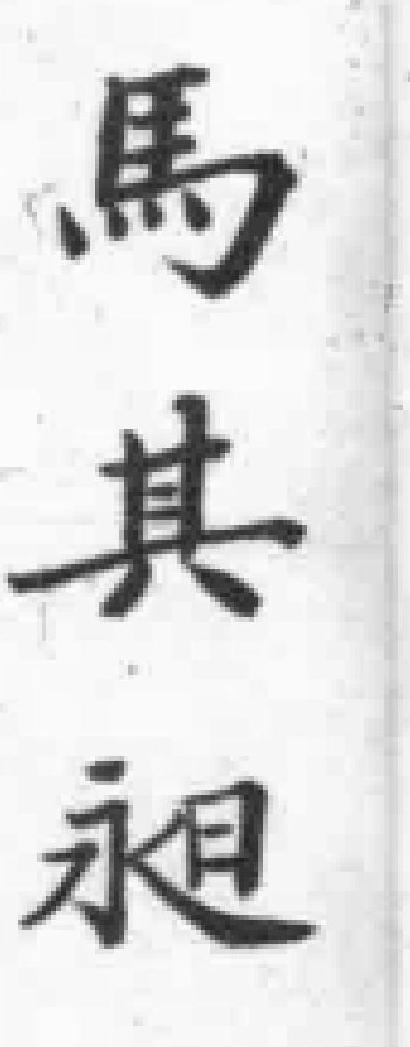
馬其昶